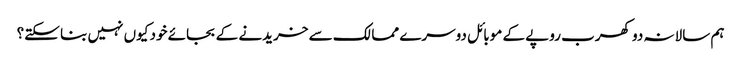
ہم سالانہ دو کھرب روپے کے موبائل دوسرے ممالک سے خریدنے کے بجائے خود کیوں نہیں بنا سکتے؟